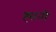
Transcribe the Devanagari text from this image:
ह्सनी